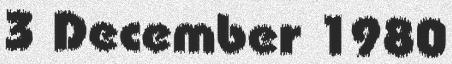
3 December 1980